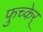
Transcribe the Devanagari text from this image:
फुच्केर्